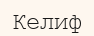
Келиф